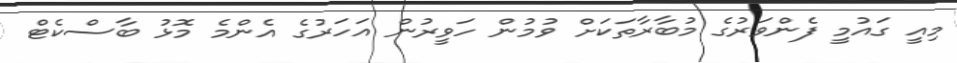
މިއީ ގައުމީ ފެންވަރުގެ މުބާރާތަކަށް ވުމުން ހަވީރުން އަހަރުގެ އެންމެ މޮޅު ބާސްކެޓް